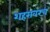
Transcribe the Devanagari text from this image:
शहरावरच